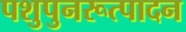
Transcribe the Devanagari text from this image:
पशुपुनरूत्पादन